system: You are a helpful assistant.
user:
Analyze the provided spectrum to determine if it is a **M-type Giant (gM)**.

A M-type Giant spectrum is defined by its **strong molecular absorption** features, particularly from **Titanium Oxide (TiO)**. You must check for one of the following mutually exclusive signatures:

- **Key Visual Indicators (Absorption-Dominated Spectrum):**

    - **(Primary):** The spectrum is dominated by strong molecular absorption from **Titanium Oxide (TiO)**. This is the **defining feature** of its M-type temperature class.
        - **(Key Bandheads):** Look for sharp, "saw-tooth" absorption valleys. The strongest are located near **~7050 Å**, **~6160 Å**, and **~5170 Å**.
        - **(Line Profile):** The "saw-tooth" morphology is critical: a **sharp, steep drop on the BLUE (short-wavelength) side** of the bandhead, followed by a gradual recovery (rising flux) towards the RED (long-wavelength) side.

    - **(Key Confirmation - Giant vs. Dwarf):** **ABSENCE** of strong **Calcium Hydride (CaH)** molecular bands. This is the primary diagnostic for *excluding* M-dwarfs.
        - **(Key Region):** The spectrum should lack the strong, broad absorption band seen in dwarfs between **~6800 Å and ~7000 Å**.

    - **(Secondary Confirmation - Giant):** A very strong and broad **Neutral Calcium (Ca I)** atomic absorption line.
        - **(Key Line):** Located at **~4226 Å**. In a giant (gM), this line is significantly deeper and broader than the same line in an M-dwarf (dM) due to low surface gravity.

    - **(Overall Spectrum):**
        - The continuum is **extremely red-sloping** (i.e., flux is very low in the blue and rises dramatically towards the red).
        - The entire spectrum appears "chopped up" by the deep TiO bands.

Think first, call **spectral_visualization_tool** if needed to examine features in detail, then provide your final answer. Your response must adhere to the following strict rules:
1.  **Overall Structure:** Your response must follow the format `<think>...</think> <tool_call>...</tool_call> (if a tool is used) <answer>...</answer>`.
2.  **Tool Usage Constraint:** You may only make **one** tool call per turn.
3.  **Final Answer Format:** In the `<answer>` tag, your conclusion must be inside a `\boxed{}` command (e.g., `\boxed{YES}` or `\boxed{NO}`), followed by your justification.

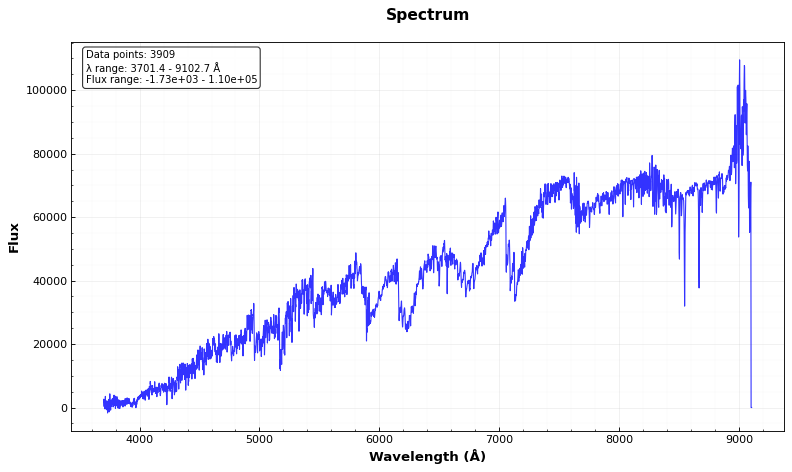
Answer: YES